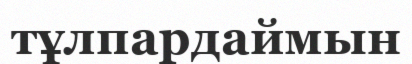
тұлпардаймын